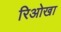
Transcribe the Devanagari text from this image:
रिओखा